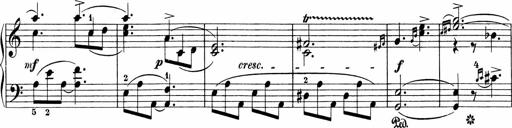
Title: Sonatinen Op.47, 98 und 136, nebst 6 Liedersonatinen
Composer: Carl Reinecke